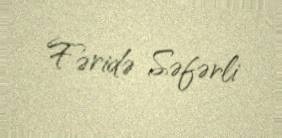
Fəridə Səfərli